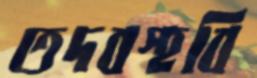
তদবস্হবি